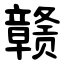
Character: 赣